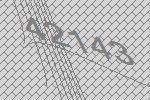
42143